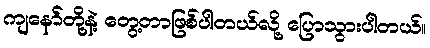
ကျနော်တို့နဲ့ တွေ့တာဖြစ်ပါတယ်လို့ ပြောသွားပါတယ်။